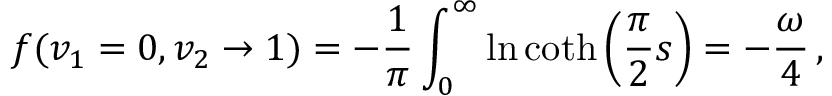
f ( v _ { 1 } = 0 , v _ { 2 } \to 1 ) = - \frac { 1 } { \pi } \int _ { 0 } ^ { \infty } \ln \coth \left( \frac { \pi } { 2 } s \right) = - \frac { \omega } { 4 } \, ,